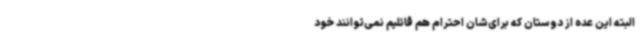
البته این عده از دوستان که برای‌شان احترام هم قائلیم نمی‌توانند خود